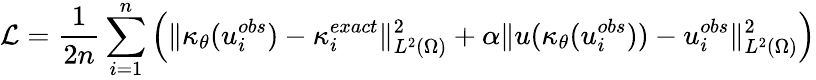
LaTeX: \mathcal{L}=\frac{1}{2n}\sum_{i=1}^{n}\left(\| \kappa_{\theta}(u_{i}^{obs})-\kappa_{i}^{exact}\| _{L^{2}(\Omega)}^{2}+\alpha\| u(\kappa_{\theta}(u_{i}^{obs}))-u_{i}^{obs}\| _{L^{2}(\Omega)}^{2}\right)